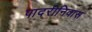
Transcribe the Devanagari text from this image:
पादरीनिवास